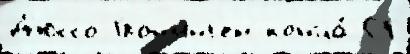
Д'юссо Грон'инг'ен конца́ СГ